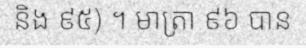
និង ៩៥) ។ មាត្រា ៩៦ បាន